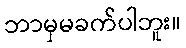
ဘာမှမခက်ပါဘူး။